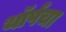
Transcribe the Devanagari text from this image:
थॉर्पचा